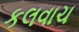
કલવાચ